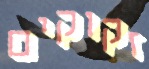
זקוקים